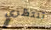
تنتظري